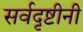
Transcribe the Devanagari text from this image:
सर्वदृष्टीनी